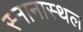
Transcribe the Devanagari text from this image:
स्नानास्थल